Vaccination North-Western Provinces and Oudh 1896-1901 - 1896-1901
Year: 1896
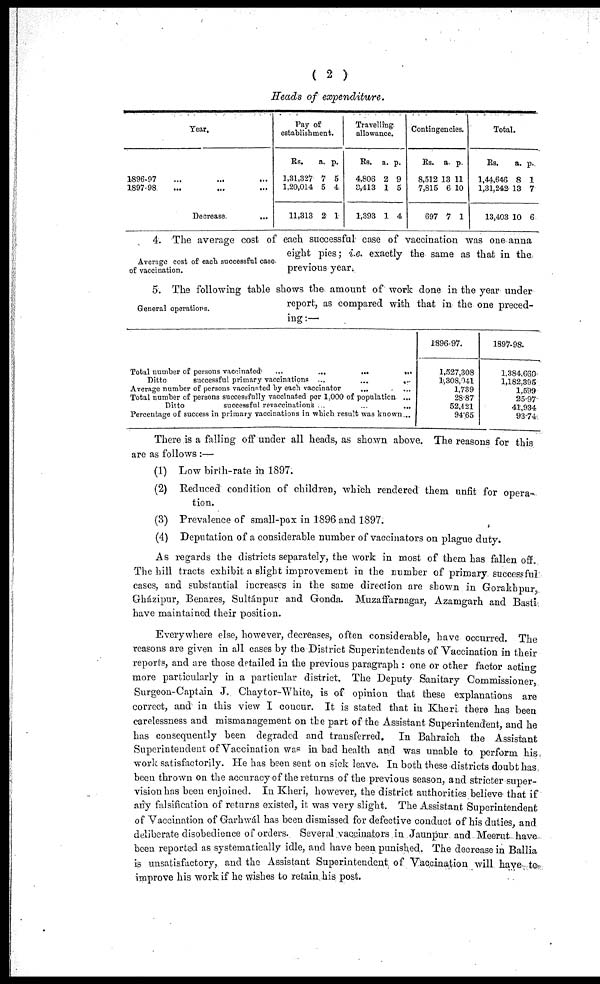
( 2 )
Heads of
expenditure.
Year.
1896-97 ... ... ...
1897-98 ... ... ...
Decrease. ...
Pay of
establishment.
Rs.
1,31,327
1,20,014
11,313
a.
7
5
2
p.
5
4
1
Travelling-
allowance.
Rs.
4,806
3,413
1,393
a.
2
1
1
p.
9
5
4
Contingencies.
Rs.
8,512
7,815
697
a.
13
6
7
p.
11
10
1
Total.
Rs.
1,44,646
1,31,242
13,403
a.
8
13
10
p.
1
7
6
Average cost of each successful case.
of vaccination.
4. The average cost of each successful case of vaccination was one anna
eight pies; i.e. exactly the same as that in the
previous year.
General operations.
5. The following table shows the amount of work done in the year under
report, as compared with that in the one preced-
ing:—
Total number of persons vaccinated
...
...
...
...
...
Ditto
successful primary vaccinations
...
...
...
...
...
Average number of persons vaccinnted by each vaccinator ... ... ...
Total number of persons successfully vaccinated per 1,000 of population ...
Ditto
successful revaccinations ... ... ... ...
Percentage of success in primary vaccinations in which result was known...
1896-97.
1,527,308
1,308,941
1,739
28.87
52,421
94.65
1897-98.
1,384,660
1,182,395
1,599
25.97
41,934
93.74
There is a falling off under all heads, as shown above. The reasons for this
are as follows :—
(1) Low birth-rate in 1897.
(2) Reduced condition of children, which rendered them unfit for opera-
tion.
(3) Prevalence of small-pox in 1896 and 1897.
(4) Deputation of a considerable number of vaccinators on plague duty.
As regards the districts separately, the work in most of them has fallen off.
The hill tracts exhibit a slight improvement in the number of primary successful
cases, and substantial increases in the same direction are shown in Gorakhpur
Gházipur, Benares, Sultánpur and Gonda. Muzaffarnagar, Azamgarh and Basti
have maintained their position.
Everywhere else, however, decreases, often considerable, have occurred. The
reasons are given in all cases by the District Superintendents of Vaccination in their
reports, and are those detailed in the previous paragraph : one or other factor acting
more particularly in a particular district. The Deputy Sanitary Commissioner,
Surgeon-Captain J. Chaytor-White, is of opinion that these explanations are
correct, and in this view I concur. It is stated that in Kheri there has been
carelessness and mismanagement on the part of the Assistant Superintendent, and he
has consequently been degraded and transferred.
In Bahraich the Assistant
Superintendent of Vaccination was in bad health and was unable to perform his
work satisfactorily. He has been sent on sick leave. In both these districts doubt has
been thrown on the accuracy of the returns of the previous season, and stricter super-
vision has been enjoined. In Kheri, however, the district authorities believe that if
any falsification of returns existed, it was very slight. The Assistant Superintendent
of Vaccination of Garhwál has been dismissed for defective conduct of his duties, and
deliberate disobedience of orders. Several vaccinators in Jaunpur and Meerut have
been reported as systematically idle, and have been punished. The decrease in Ballia
is unsatisfactory, and the Assistant Superintendent of Vaccination will have to
improve his work if he wishes to retain his post.